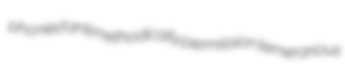
phonied antimethodically permission temerarious